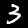
Label: 3